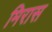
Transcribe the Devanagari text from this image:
मिरास